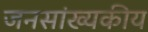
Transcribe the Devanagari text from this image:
जनसांख्यकीय